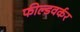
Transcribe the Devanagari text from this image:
फील्डवर्कर